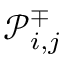
\mathcal { P } _ { i , j } ^ { \mp }